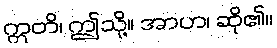
ဣတိ၊ ဤသို့။ အာဟ၊ ဆို၏။